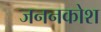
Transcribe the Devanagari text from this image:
जननकोश